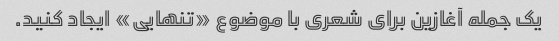
یک جمله آغازین برای شعری با موضوع «تنهایی» ایجاد کنید.